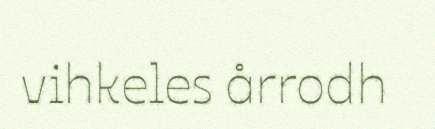
vihkeles årrodh